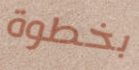
بخطوة